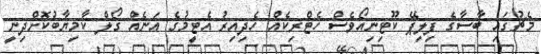
މެޗުގައި ބާސާގެ ފިލިޕޭ ކޫޓިނިއޯވެސް ހެޓްރިކެއް ހެދިއިރު އެޓީމުގެ އަނެއް ގޯލް ކާމިޔާބުކޮށްދިނީ